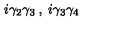
i \gamma _ { 2 } \gamma _ { 3 } \: , \: i \gamma _ { 3 } \gamma _ { 4 }